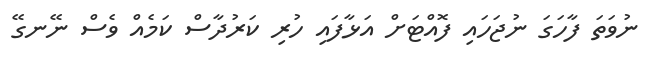
ނުވަތަ ފާހަގަ ނުޖަހައި ފޮއްޓަށް އަޅާފައި ހުރި ކަރުދާސް ކަމެއް ވެސް ނޭނގޭ